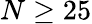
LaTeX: N\geq 25